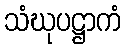
သံဃုပဋ္ဌာကံ